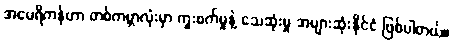
အမေရိကန်ဟာ တစ်ကမ္ဘာလုံးမှာ ကူးစက်မှုနဲ့ သေဆုံးမှု အများဆုံးနိုင်ငံ ဖြစ်ပါတယ်။